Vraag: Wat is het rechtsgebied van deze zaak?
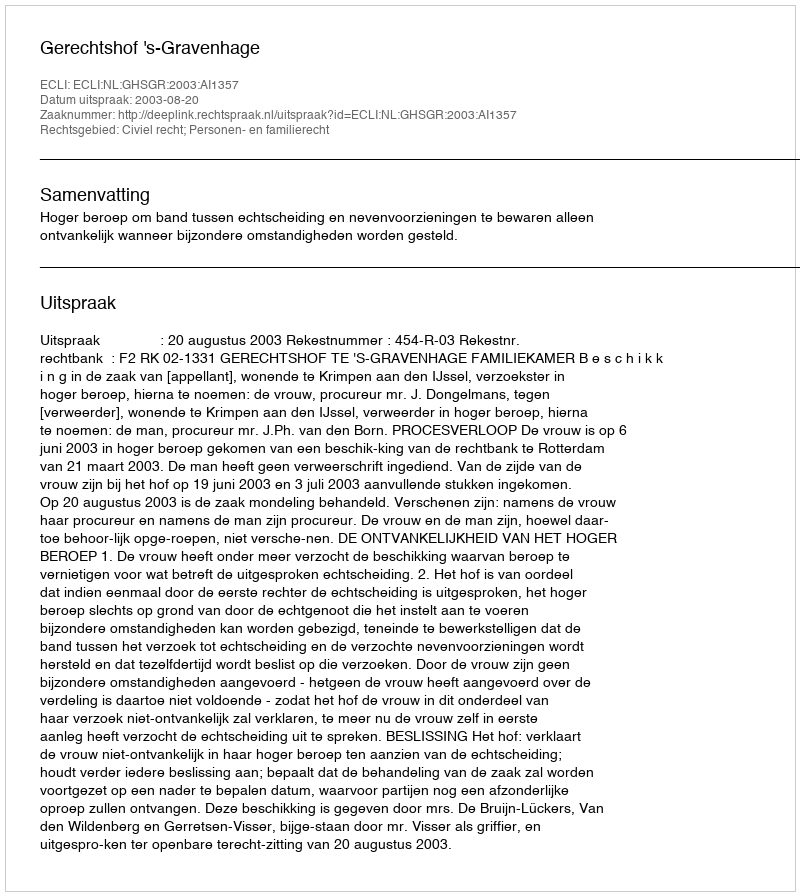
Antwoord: Civiel recht; Personen- en familierecht